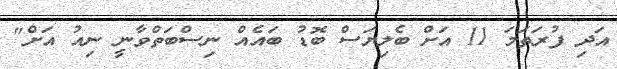
އަދި ފުރަތަމަ 11 އަށް ބެލިޔަސް ބޮޑު ބައެއް ނިސްބަތްވާނީ ނިއު އަށް"